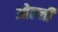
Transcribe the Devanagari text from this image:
ओल्ली